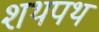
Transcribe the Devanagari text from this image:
शथपथ